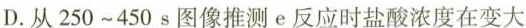
D.从250~450s图像推测e反应时盐酸浓度在变大